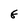
Character: G